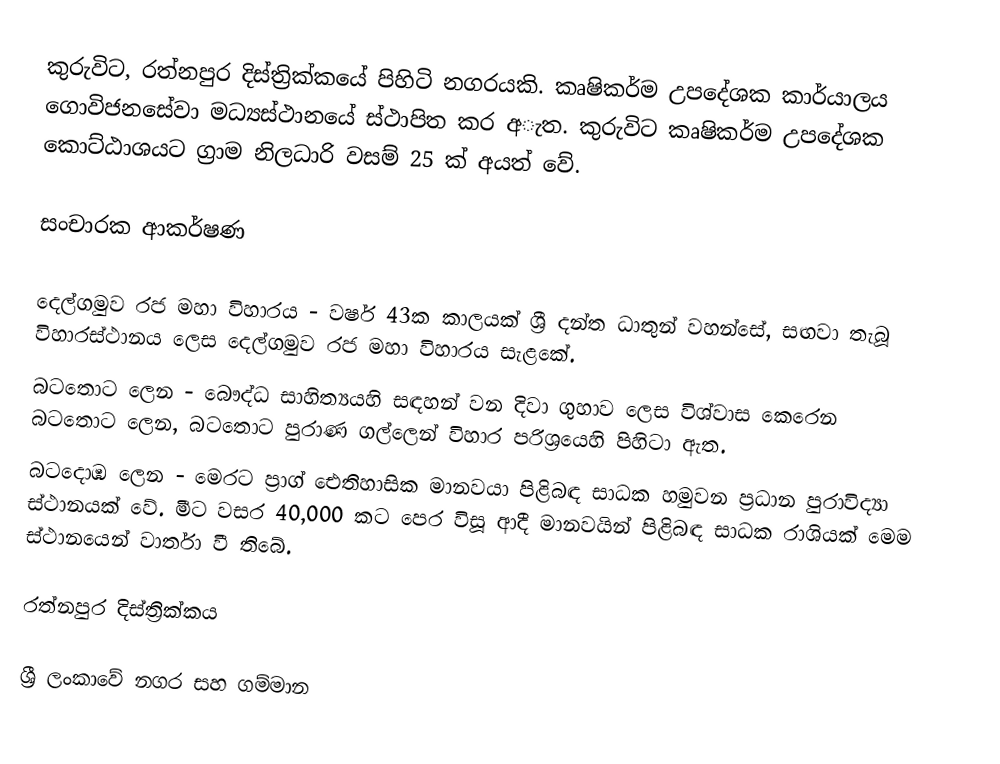
කුරුවිට, රත්නපුර දිස්ත්‍රික්කයේ පිහිටි නගරයකි. කෘෂිකර්ම උපදේශක කාර්යාලය ගොවිජනසේවා මධ්‍යස්ථානයේ ස්ථාපිත කර අැත. කුරුවිට කෘෂිකර්ම උපදේශක කොට්ඨාශයට ග්‍රාම නිලධාරි වසම් 25 ක් අයත් වේ.

සංචාරක ආකර්ෂණ

දෙල්ගමුව රජ මහා විහාරය - වර්ෂ 43ක කාලයක් ශ්‍රී දන්ත ධාතුන් වහන්සේ, සඟවා තැබූ විහාරස්ථානය ලෙස දෙල්ගමුව රජ මහා විහාරය සැළකේ.
බටතොට ලෙන - බෞද්ධ සාහිත්‍යයහි සඳහන් වන දිවා ගුහාව ලෙස විශ්වාස කෙරෙන බටතොට ලෙන, බටතොට පුරාණ ගල්ලෙන් විහාර පරිශ්‍රයෙහි පිහිටා ඇත.
බටදොඹ ලෙන - මෙරට ප්‍රාග් ඓතිහාසික මානවයා පිළිබඳ සාධක හමුවන ප්‍රධාන පුරාවිද්‍යා ස්ථානයක් වේ. මීට වසර 40,000 කට‌ පෙර විසූ ආදී මානවයින් පිළිබඳ සාධක රාශියක්‌ මෙම ස්ථානයෙන් වාර්තා වී තිබේ.

රත්නපුර දිස්ත්‍රික්කය

ශ්‍රී ලංකාවේ නගර සහ ගම්මාන